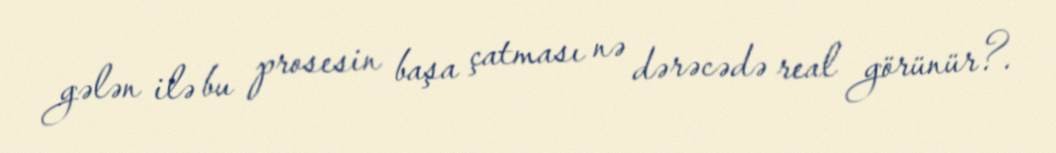
gələn ilə bu prosesin başa çatması nə dərəcədə real görünür?.